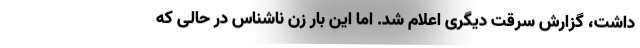
داشت، گزارش سرقت دیگری اعلام شد. اما این بار زن ناشناس در حالی که